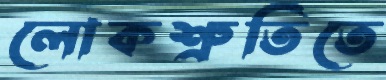
লোকশ্রুতিতে